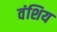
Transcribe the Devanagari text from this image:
वंशिय